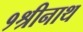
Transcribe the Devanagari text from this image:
१श्रीनाथ